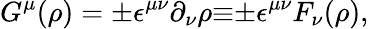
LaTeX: G^{\mu}(\rho)={\pm}{\epsilon}^{{\mu}{\nu}}{\partial}_{\nu}{\rho}{\equiv}{\pm}{\epsilon}^{{\mu}{\nu}}F_{\nu}(\rho),